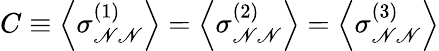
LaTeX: C\equiv\left\langle\sigma_{\mathscr{N}\mathscr{N}}^{(1)}\right\rangle=\left\langle\sigma_{\mathscr{N}\mathscr{N}}^{(2)}\right\rangle=\left\langle\sigma_{\mathscr{N}\mathscr{N}}^{(3)}\right\rangle